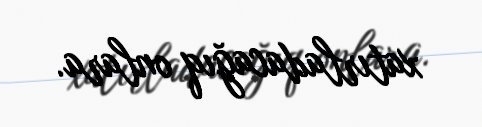
xatırladacağıq onlara.